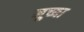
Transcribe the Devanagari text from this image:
नुच्या